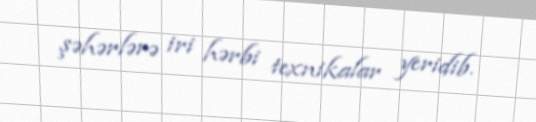
şəhərlərə iri hərbi texnikalar yeridib.